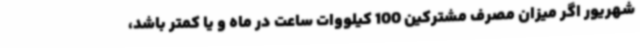
شهریور اگر میزان مصرف مشترکین 100 کیلووات ساعت در ماه و یا کمتر باشد،